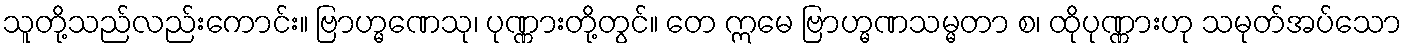
သူတို့သည်လည်းကောင်း။ ဗြာဟ္မဏေသု၊ ပုဏ္ဏားတို့တွင်။ တေ ဣမေ ဗြာဟ္မဏသမ္မတာ စ၊ ထိုပုဏ္ဏားဟု သမုတ်အပ်သော